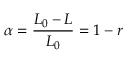
\alpha = \frac { L _ { 0 } - L } { L _ { 0 } } = 1 - r